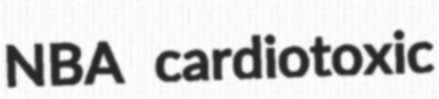
NBA cardiotoxic